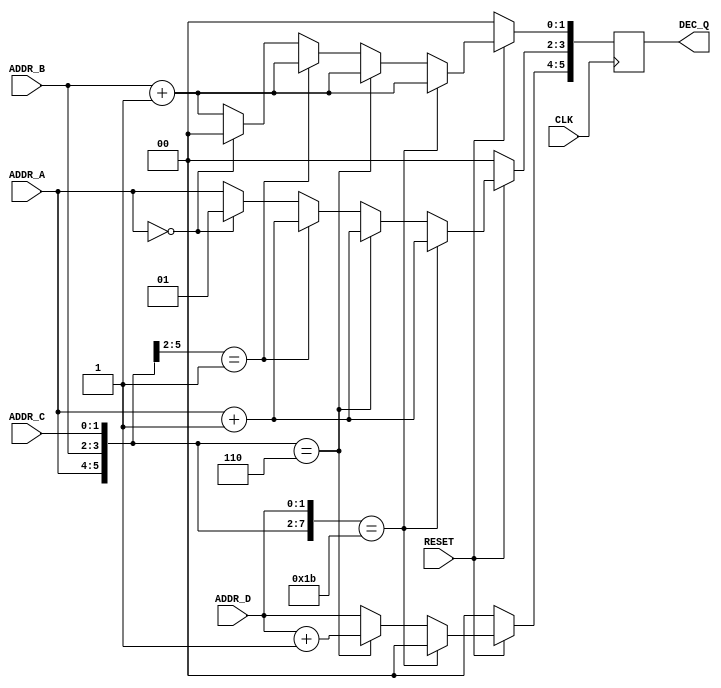
     ////////////////////////////////////////
    // IF_CASE.V Version 1.0              //
   // Xilinx HDL Synthesis Design Guide  //
  // Nested If vs. Case Design Example  //
 // August 1997                        //
////////////////////////////////////////

module if_case (ADDR_A, ADDR_B, ADDR_C, ADDR_D, RESET, CLK, DEC_Q);

    input  [1:0]  ADDR_A ;
    input  [1:0]  ADDR_B ;
    input  [1:0]  ADDR_C ;
    input  [1:0]  ADDR_D ;
    input         RESET, CLK ;
    output [5:0]  DEC_Q ;

    wire   [7:0]  ADDR_ALL ;
    reg    [5:0]  DEC_Q ;

    // Concatenate all address lines //
    assign ADDR_ALL = {ADDR_A, ADDR_B, ADDR_C, ADDR_D} ;

    // Use 'case' instead of 'nested_if' for efficient gate netlist //
    always @ (posedge CLK)
        begin
        if (RESET == 1'b1)
            begin
                casex (ADDR_ALL)
                    8'b00011011: begin
                                 DEC_Q[5:4] <= 2'b00;  
                                 DEC_Q[3:2] <= ADDR_A + 1;
                                 DEC_Q[1:0] <= ADDR_B + 1'b1;
                                 end
                    8'b000110xx: begin
                                 DEC_Q[5:4] <= ADDR_D + 1'b1;
                                 DEC_Q[3:2] <= ADDR_A + 1'b1;
                                 DEC_Q[1:0] <= ADDR_B + 1'b1;
                                 end
                    8'b0001xxxx: begin
                                 DEC_Q[5:4] <= ADDR_D;
                                 DEC_Q[3:2] <= ADDR_A + 1'b1;
                                 DEC_Q[1:0] <= ADDR_B + 1'b1;
                                 end
                    8'b00xxxxxx: begin
                                 DEC_Q[5:4] <= ADDR_D;
                                 DEC_Q[3:2] <= 2'b01;
                                 DEC_Q[1:0] <= 2'b00;
                                 end
                    default:     begin
                                 DEC_Q[5:4] <= ADDR_D;
                                 DEC_Q[3:2] <= ADDR_A;
                                 DEC_Q[1:0] <= ADDR_B + 1'b1;
                                 end
                endcase
            end
        else
            DEC_Q <= 6'b000000;
        end

endmodule